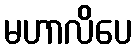
မဟာလိပေ